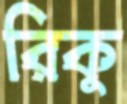
রিকু